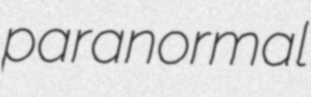
paranormal